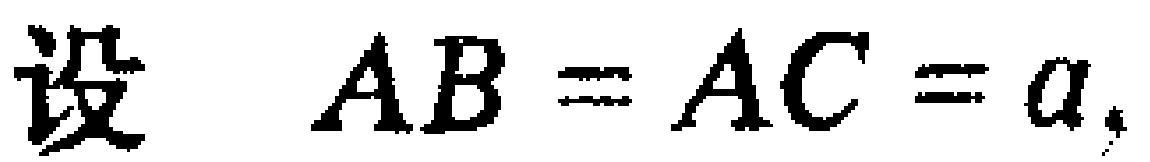
设 \(AB = AC = a\)